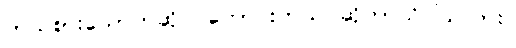
ဘယ်စားသောက်ဆိုင် ကောင်းတယ် ဆိုတာသိပါသလား။